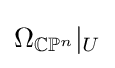
\Omega _{\mathbb {C} \mathbb {P} ^{n}}|_{U}